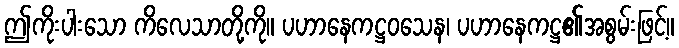
ဤကိုးပါးသော ကိလေသာတို့ကို။ ပဟာနေကဋ္ဌဝသေန၊ ပဟာနေကဋ္ဌ၏အစွမ်းဖြင့်။